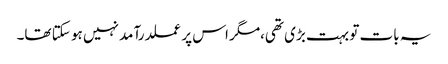
یہ بات تو بہت بڑی تھی،مگر اس پر عملدرآمد نہیں ہو سکتا تھا۔